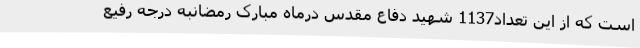
است که از این تعداد1137 شهید دفاع مقدس درماه مبارک رمضانبه درجه رفیع